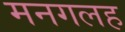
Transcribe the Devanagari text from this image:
मनगलह